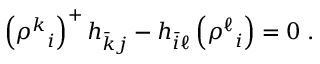
\Bigl ( { \rho ^ { k } } _ { i } \Bigr ) ^ { + } \, h _ { \bar { k } j } - h _ { \bar { i } \ell } \, \Bigl ( { \rho ^ { \ell } } _ { i } \Bigr ) = 0 \; .